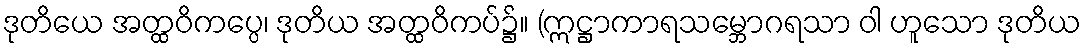
ဒုတိယေ အတ္ထဝိကပ္ပေ၊ ဒုတိယ အတ္ထဝိကပ်၌။ (ဣဋ္ဌာကာရသမ္ဘောဂရသာ ဝါ ဟူသော ဒုတိယ